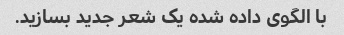
با الگوی داده شده یک شعر جدید بسازید.